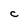
Character: C